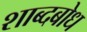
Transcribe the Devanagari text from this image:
शाब्दबोध